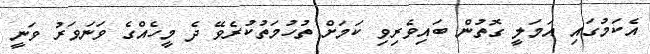
އެކަމުގައި އަމަލީ ގޮތުން ބައިވެރިވި ކަމަށް ތުހުމަތުކުރެވޭ ދެ މީހެއްގެ ވަނަވަރު ވަނީ